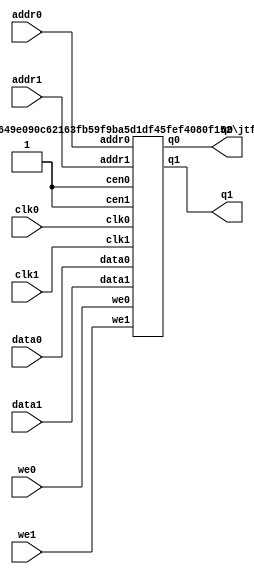
/*  This file is part of JTFRAME.
    JTFRAME program is free software: you can redistribute it and/or modify
    it under the terms of the GNU General Public License as published by
    the Free Software Foundation, either version 3 of the License, or
    (at your option) any later version.

    JTFRAME program is distributed in the hope that it will be useful,
    but WITHOUT ANY WARRANTY; without even the implied warranty of
    MERCHANTABILITY or FITNESS FOR A PARTICULAR PURPOSE.  See the
    GNU General Public License for more details.

    You should have received a copy of the GNU General Public License
    along with JTFRAME.  If not, see <http://www.gnu.org/licenses/>.

    Author: Jose Tejada Gomez. Twitter: @topapate
    Version: 1.0
    Date: 27-10-2017 */

// Generic dual port RAM with clock enable
// parameters:
//      dw      => Data bit width, 8 for byte-based memories
//      aw      => Address bit width, 10 for 1kB
//      simfile => binary file to load during simulation
//      simhexfile => hexadecimal file to load during simulation
//      synfile => hexadecimal file to load for synthesis

/* verilator lint_off MULTIDRIVEN */

module jtframe_dual_ram #(parameter dw=8, aw=10,
    simfile="", simhexfile="",
    synfile="",
    ascii_bin=0,  // set to 1 to read the ASCII file as binary
    dumpfile="dump.hex"
)(
    // Port 0
    input   clk0,
    input   [dw-1:0] data0,
    input   [aw-1:0] addr0,
    input   we0,
    output  [dw-1:0] q0,
    // Port 1
    input   clk1,
    input   [dw-1:0] data1,
    input   [aw-1:0] addr1,
    input   we1,
    output  [dw-1:0] q1
    `ifdef JTFRAME_DUAL_RAM_DUMP
    ,input dump
    `endif
);

    jtframe_dual_ram_cen #(
        .dw         ( dw        ),
        .aw         ( aw        ),
        .simfile    ( simfile   ),
        .simhexfile ( simhexfile),
        .synfile    ( synfile   ),
        .ascii_bin  ( ascii_bin ),
        .dumpfile   ( dumpfile  )
    ) u_ram (
        .clk0   ( clk0  ),
        .cen0   ( 1'b1  ),
        .clk1   ( clk1  ),
        .cen1   ( 1'b1  ),
        // Port 0
        .data0  ( data0 ),
        .addr0  ( addr0 ),
        .we0    ( we0   ),
        .q0     ( q0    ),
        // Port 1
        .data1  ( data1 ),
        .addr1  ( addr1 ),
        .we1    ( we1   ),
        .q1     ( q1    )
        `ifdef JTFRAME_DUAL_RAM_DUMP
        ,.dump  ( dump  )
        `endif
    );
endmodule



module jtframe_dual_ram_cen #(parameter dw=8, aw=10,
    simfile="", simhexfile="",
    synfile="",
    ascii_bin=0,  // set to 1 to read the ASCII file as binary
    dumpfile="dump.hex"
)(
    input   clk0,
    input   cen0,
    input   clk1,
    input   cen1,
    // Port 0
    input   [dw-1:0] data0,
    input   [aw-1:0] addr0,
    input   we0,
    output reg [dw-1:0] q0,
    // Port 1
    input   [dw-1:0] data1,
    input   [aw-1:0] addr1,
    input   we1,
    output reg [dw-1:0] q1
    `ifdef JTFRAME_DUAL_RAM_DUMP
    ,input dump
    `endif
);

(* ramstyle = "no_rw_check" *) reg [dw-1:0] mem[0:(2**aw)-1];

/* verilator lint_off WIDTH */
`ifdef SIMULATION
integer f, readcnt;
initial begin
    for( f=0; f<(2**aw)-1;f=f+1) begin
        mem[f] = 0;
    end
    if( simfile != "" ) begin
        f=$fopen(simfile,"rb");
        if( f != 0 ) begin
            readcnt=$fread( mem, f );
            $display("INFO: Read %14s (%4d bytes/%2d%%) for %m",
                simfile, readcnt, readcnt*100/(2**aw));
            if( readcnt != 2**aw )
                $display("      the memory was not filled by the file data");
            $fclose(f);
        end else begin
            $display("WARNING: %m cannot open file: %s", simfile);
        end
        end
    else begin
        if( simhexfile != "" ) begin
            $readmemh(simhexfile,mem);
            $display("INFO: Read %14s (hex) for %m", simhexfile);
        end else begin
            if( synfile!= "" ) begin
                if( ascii_bin==1 )
                    $readmemb(synfile,mem);
                else
                    $readmemh(synfile,mem);
                $display("INFO: Read %14s (hex) for %m", synfile);
            end else
                for( readcnt=0; readcnt<2**aw; readcnt=readcnt+1 )
                    mem[readcnt] = {dw{1'b0}};
        end
    end
end
`else
// file for synthesis:
initial if(synfile!="" ) begin
    if( ascii_bin==1 )
        $readmemb(synfile,mem);
    else
        $readmemh(synfile,mem);
end
`endif

always @(posedge clk0) if(cen0) begin
    q0 <= mem[addr0];
    if(we0) mem[addr0] <= data0;
end

always @(posedge clk1) if(cen1) begin
    q1 <= mem[addr1];
    if(we1) mem[addr1] <= data1;
end

// Content dump for simulation debugging
`ifdef JTFRAME_DUAL_RAM_DUMP
integer fdump=0, dumpcnt;

always @(posedge dump) begin
    $display("INFO: contents dumped to %s", dumpfile );
    if( fdump==0 )begin
        fdump=$fopen(dumpfile,"w");
    end
    for( dumpcnt=0; dumpcnt<2**aw; dumpcnt=dumpcnt+1 )
        $fdisplay(fdump,"%X", mem[dumpcnt]);
end
`endif
/* verilator lint_on WIDTH */
endmodule
/* verilator lint_on MULTIDRIVEN */